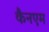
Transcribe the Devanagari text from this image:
कैनएम